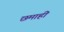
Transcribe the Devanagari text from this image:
छमाहीं